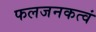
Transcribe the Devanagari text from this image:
फलजनकत्वं